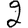
Digit: 2